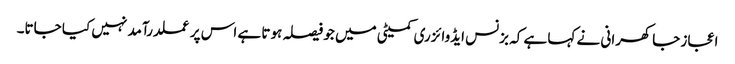
اعجاز جاکھرانی نے کہا ہے کہ بزنس ایڈوائزری کمیٹی میں جو فیصلہ ہوتا ہے اس پر عملدرآمد نہیں کیا جاتا۔